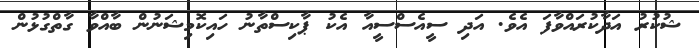
ޝުކުރު އަދާކުރައްވާފަ އެވެ. އަދި ސީއެސްސީއާ އެކު ޕާކިސްތާނު ހައިކޮމިޝަނުން ބާއްވާ ގާތްގުޅުން